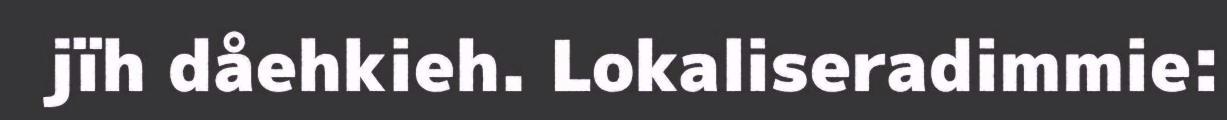
jïh dåehkieh. Lokaliseradimmie: